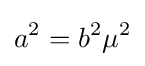
a^{2}=b^{2}\mu ^{2}